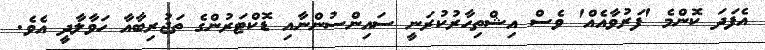
އެފަދަ ކޮންމެ 'ފަރުވާއެއް' ވެސް އިޝްތިހާރުކުރަނީ ސައިންސުންނާއި ޑޮކްޓަރުންގެ ތަޖުރިބާއާ ހަވާލާދީ އެވެ.